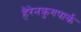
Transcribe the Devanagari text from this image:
हैरेनक्रुगपार्क